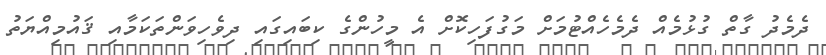
ދެމެދު ގާތް ގުޅުމެއް ދެމެހެއްޓުމަށް މަގުފަހިކޮށް އެ މީހުންގެ ކިބައިގައި ދިވެހިވަންތަކަމާއި ޤައުމިއްޔަތު